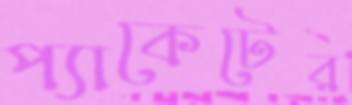
প্যাকেটের